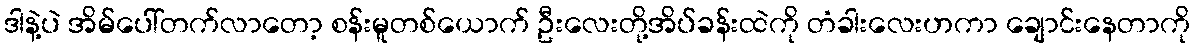
ဒါနဲ့ပဲ အိမ်ပေါ်တက်လာတော့ စန်းမူတစ်ယောက် ဦးလေးတို့အိပ်ခန်းထဲကို တံခါးလေးဟကာ ချောင်းနေတာကို